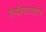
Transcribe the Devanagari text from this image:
पैनक्रियाटाइटिस